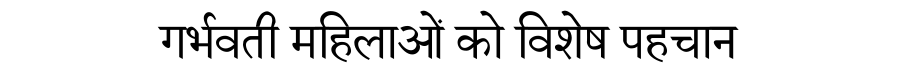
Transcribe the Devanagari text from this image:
गर्भवती महिलाओं को विशेष पहचान